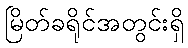
မြိတ်ခရိုင်အတွင်းရှိ